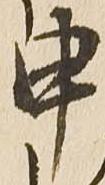
申